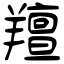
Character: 羶